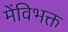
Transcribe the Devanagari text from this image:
मेंविभक्त